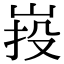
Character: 𡷠